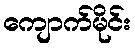
ကျောက်မိုင်း